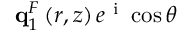
\mathbf { q } _ { 1 } ^ { F } \left( r , z \right) e ^ { \mathrm { ~ i ~ } } \cos { \theta }